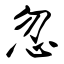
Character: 忽